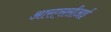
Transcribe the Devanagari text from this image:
आरएससीआई